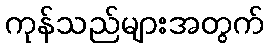
ကုန်သည်များအတွက်